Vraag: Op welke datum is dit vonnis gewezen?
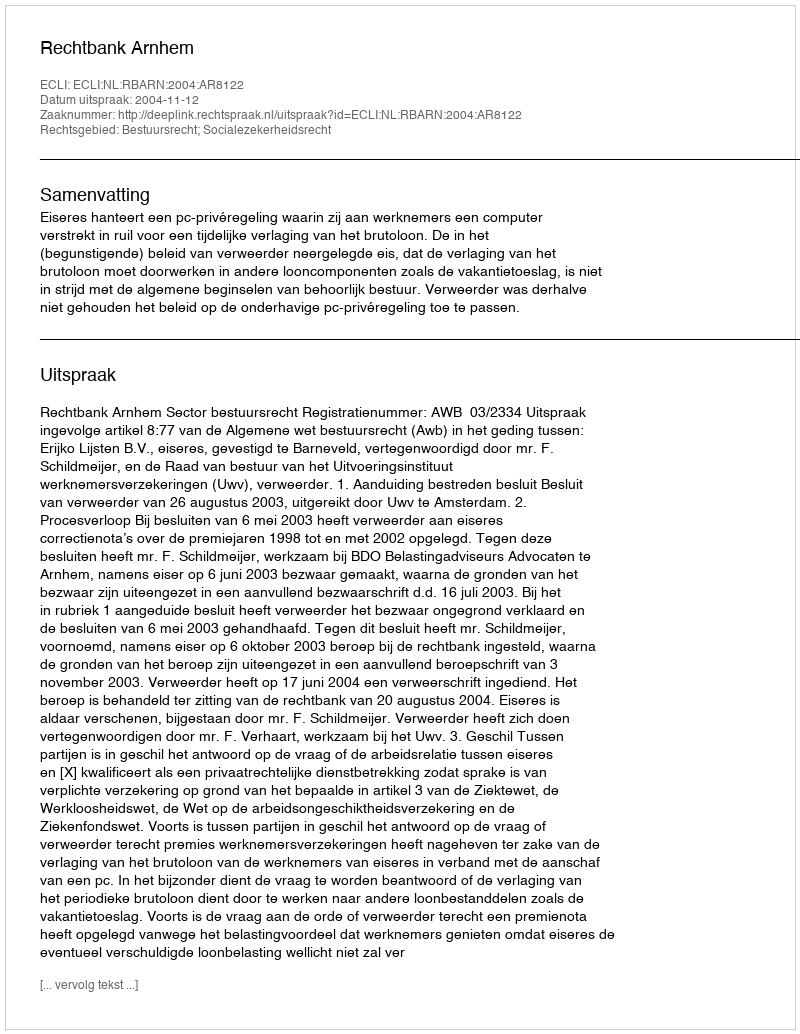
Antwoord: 2004-11-12